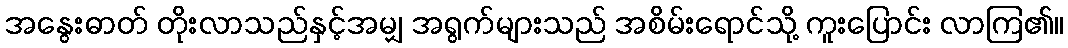
အနွေးဓာတ် တိုးလာသည်နှင့်အမျှ အရွက်များသည် အစိမ်းရောင်သို့ ကူးပြောင်း လာကြ၏။